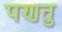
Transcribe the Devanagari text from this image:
पणतु